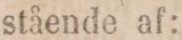
stående af: